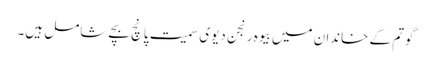
گوتم کے خاندان میں بیوہ رنجن دیوی سمیت پانچ بچے شامل ہیں۔